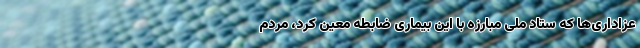
عزاداری‌ها که ستاد ملّی مبارزه‌ با این بیماری ضابطه معین کرد، مردم